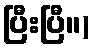
ပြီးပြီ။)